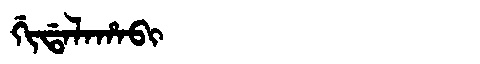
Manchu: ᡤᡳᡩᠠᠯᠠᡥᠠᠪᡳ
Romanization: GIDALAHABI